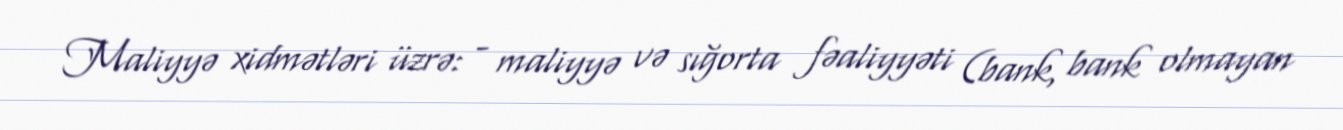
Maliyyə xidmətləri üzrə: - maliyyə və sığorta fəaliyyəti (bank, bank olmayan